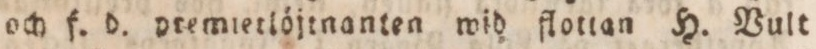
och f. d. premietlöjtnanten wid flottan H. Vult